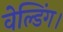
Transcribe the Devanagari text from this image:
वेल्डिंग।